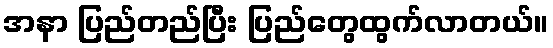
အနာ ပြည်တည်ပြီး ပြည်တွေထွက်လာတယ်။